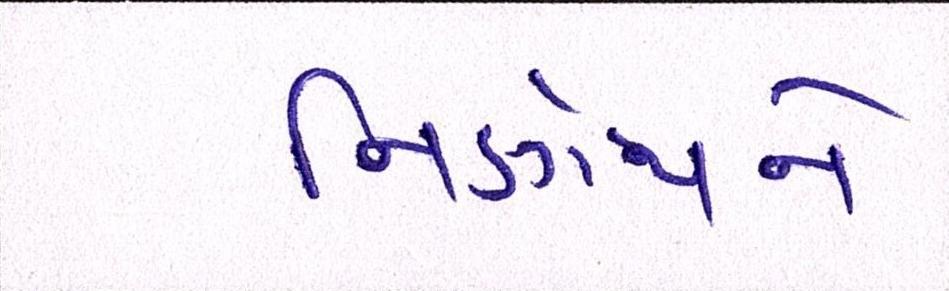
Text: નિર્ણયને